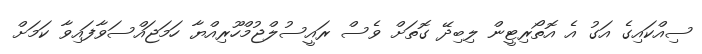
ސިއްކައިގެ އަގު އެ އޮތޯރިޓީން ލިބިދޭ ގޮތަށް ވެސް ރައީސުލްޖުމްހޫރިއްޔާ ހަމަޖައްސަވާފައިވާ ކަމަށް